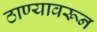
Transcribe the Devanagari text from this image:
ठाण्यावरून